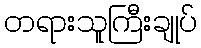
တရားသူကြီးချုပ်